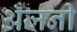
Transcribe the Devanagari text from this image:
अँजनी